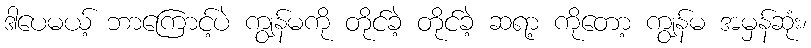
ဒါပေမယ့် ဘာကြောင့်ပဲ ကျွန်မကို တိုင်ခဲ့ တိုင်ခဲ့ ဆရာ့ ကိုတော့ ကျွန်မ အမှန်ဆုံး၊